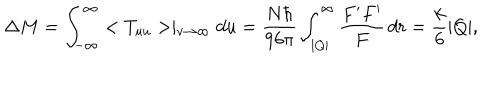
LaTeX: \Delta M = \int _ { - \infty } ^ { \infty } < T _ { u u } > \mid _ { v \rightarrow \infty } d u = \frac { N \hbar } { 9 6 \pi } \int _ { | Q | } ^ { \infty } \frac { F ^ { \prime } F ^ { \prime } } { F } \, d r = \frac { k } { 6 } | Q | ,